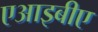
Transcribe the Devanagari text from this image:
एआइबीए